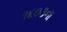
૧૬૦૩ના